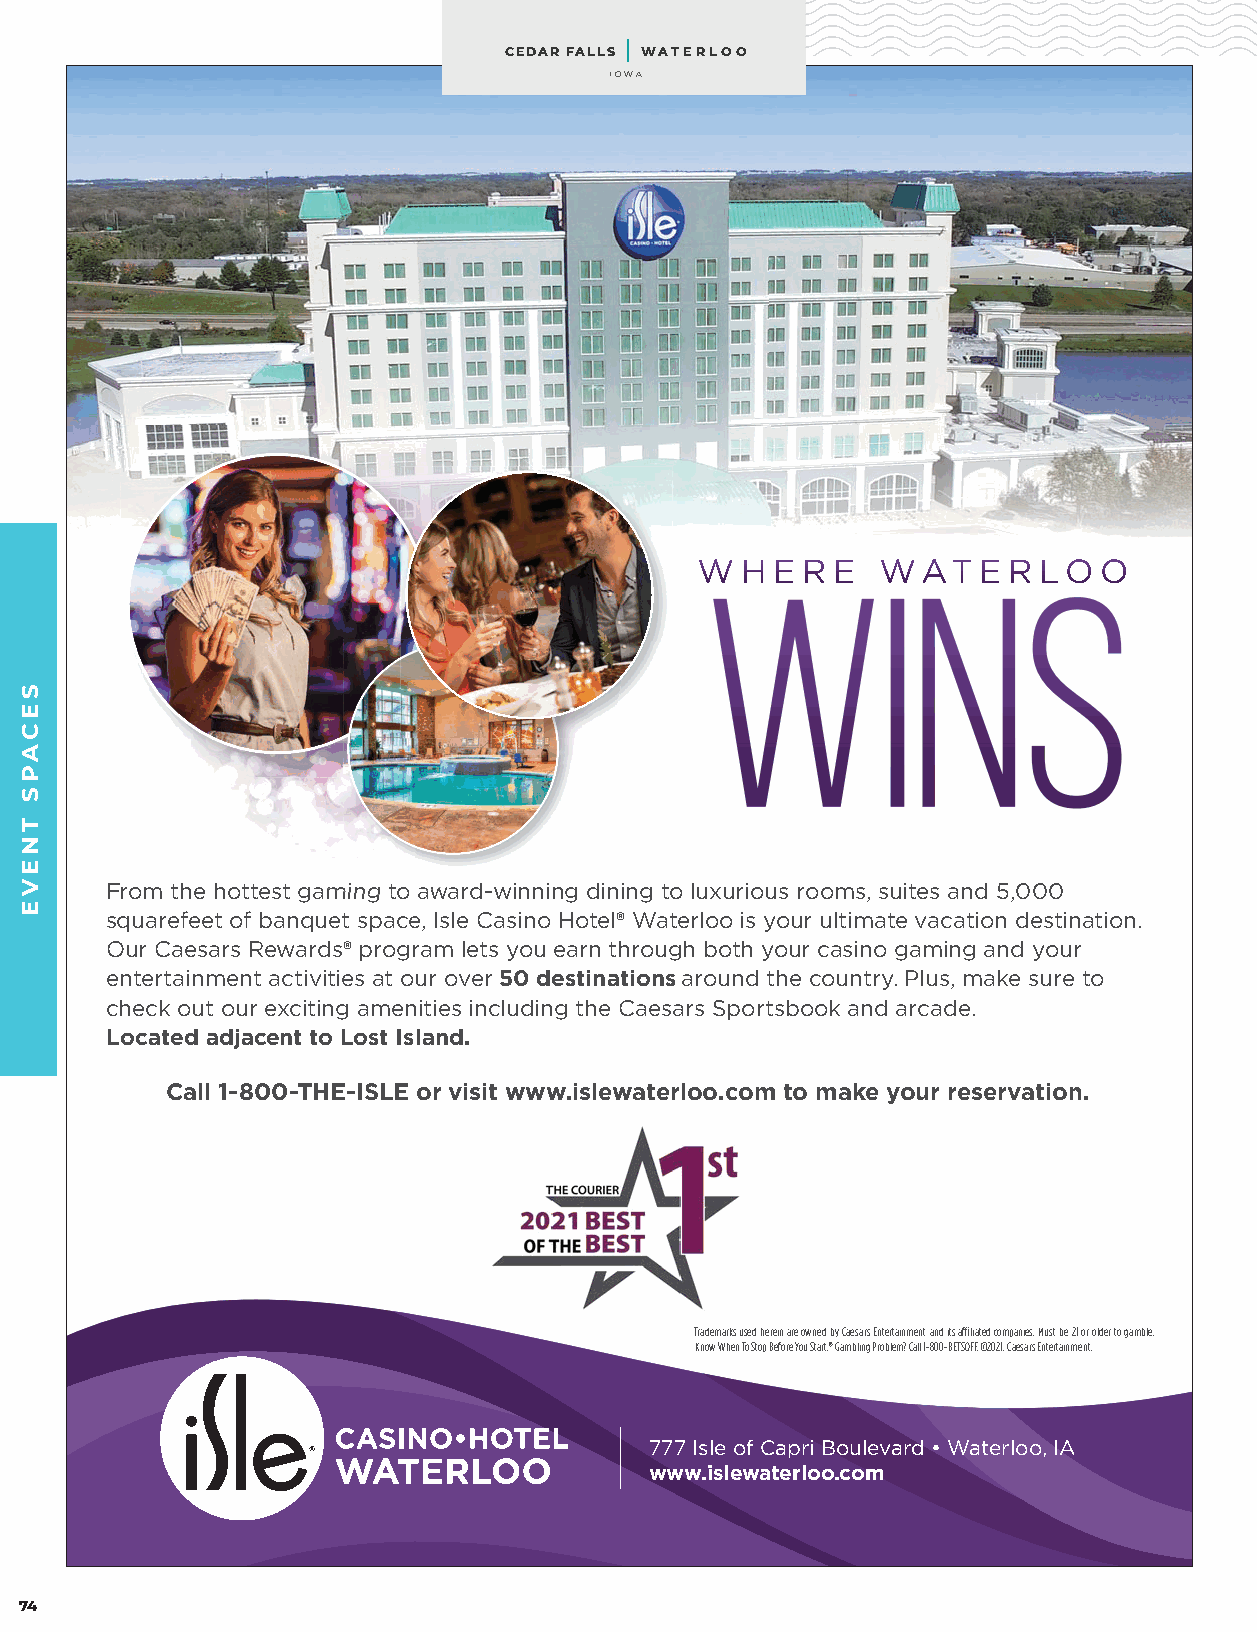
CEDAR FALLS WATERLOO
 IOWA
 WWWWWWWWWWWWW HHHHHHHHHHHHH EEEEEEEEEEEEE RRRRRRRRRRRRR EEEEEEEEEEEEE WWWWWWWWWWWWWAAAAAAAAAAAAATTTTTTTTTTTTT EEEEEEEEEEEEE RRRRRRRRRRRRR LLLLLLLLLLLLLOOOOOOOOOOOOO OOOOOOOOOOOOO
 From the hottest ggaammiinngg ttoo aawwaard-winning dining to luxurious rooms, suites and 5,000
 squarefeet of banquet space, Isle Casino Hotel® Waterloo is your ultimate vacation destination.
 Our Caesars Rewards® program lets you earn through both your casino gaming and your
 entertainment activities at our over 50 destinations around the country. Plus, make sure to
 check out our exciting amenities including the Caesars Sportsbook and arcade.
 Located adjacent to Lost Island.
 Call 1-800-THE-ISLE or visit www.islewaterloo.com to make your reservation.
 Trademarks used herein are owned by Caesars Entertainment and its affiliated companies. Must be 21 or older to gamble.
 Know When To Stop Before You Start.® Gambling Problem? Call 1-800-BETSOFF. ©2021, Caesars Entertainment.
 777 Isle of Capri Boulevard • Waterloo, IA
 www.islewaterloo.com
 74
 SECAPS
 TNEVE